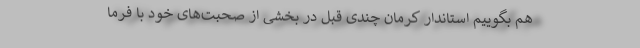
هم بگوییم استاندار کرمان چندی قبل در بخشی از صحبت‌های خود با فرما